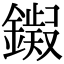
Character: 𫓊